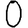
Digit: 0